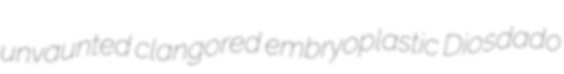
unvaunted clangored embryoplastic Diosdado